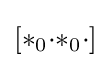
[{*}_{0}{\cdot }{*}_{0}{\cdot }]